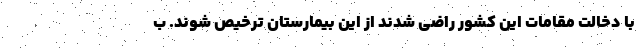
با دخالت مقامات این کشور راضی شدند از این بیمارستان ترخیص شوند. ب